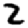
Digit: 2